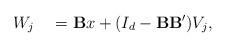
LaTeX: \begin{align*}W_j \quad= \mathbf B x + (I_d- \mathbf B \mathbf B')V_j,\end{align*}